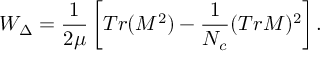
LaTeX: W _ { \Delta } = \frac { 1 } { 2 \mu } \left[ T r ( M ^ { 2 } ) - \frac { 1 } { N _ { c } } ( T r M ) ^ { 2 } \right] .